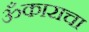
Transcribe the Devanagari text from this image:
ॐकाराचा